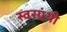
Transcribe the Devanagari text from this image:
स्वरग्रंथी